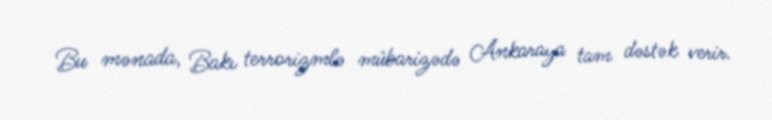
Bu mənada, Bakı terrorizmlə mübarizədə Ankaraya tam dəstək verir.